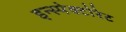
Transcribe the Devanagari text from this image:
इन्स्पेक्टोरेट